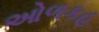
ઓળકહ